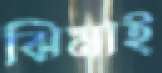
ঝিমাই